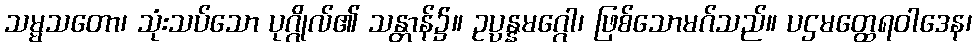
သမ္မသတော၊ သုံးသပ်သော ပုဂ္ဂိုလ်၏ သန္တာန်၌။ ဥပ္ပန္နမဂ္ဂေါ၊ ဖြစ်သောမဂ်သည်။ ပဌမတ္ထေရဝါဒေန၊